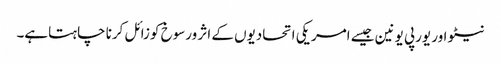
نیٹو اور یورپی یونین جیسے امریکی اتحادیوں کے اثر ورسوخ کوزائل کرنا چاہتاہے۔